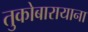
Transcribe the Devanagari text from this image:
तुकोबारायाना